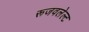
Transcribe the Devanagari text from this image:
रूजवलेल्ट